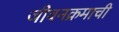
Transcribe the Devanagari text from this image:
जीवनक्रमाची